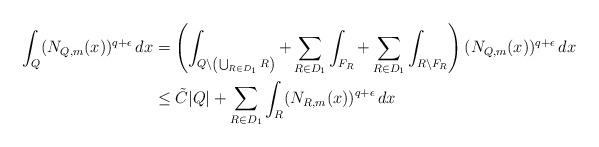
LaTeX: \begin{align*} \int_Q (N_{Q, m} (x) )^{q + \epsilon} \, dx & = \left(\int_{Q \backslash \left(\bigcup_{R \in D_1} R\right)} + \sum_{R \in D_1} \int_{F_R} + \sum_{R \in D_1} \int_{R \backslash F_R} \right) (N_{Q, m} (x) )^{q + \epsilon} \, dx \\ & \leq \tilde{C} |Q| + \sum_{R \in D_1} \int_{R } (N_{R, m} (x) )^{q + \epsilon} \, dx \end{align*}